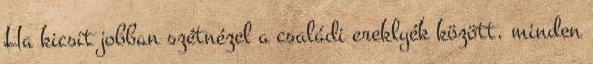
Ha kicsit jobban szétnézel a családi ereklyék között, minden